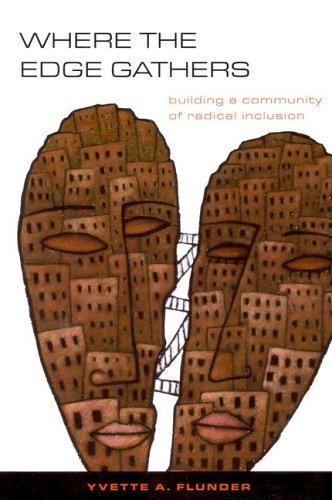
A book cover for Where the Edge Gathers: Building a Community of Radical Inclusion; Yvette A. Flunder; Christian Books & Bibles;